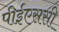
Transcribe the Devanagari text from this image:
पीईएससी